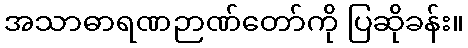
အသာဓာရဏဉာဏ်တော်ကို ပြဆိုခန်း။